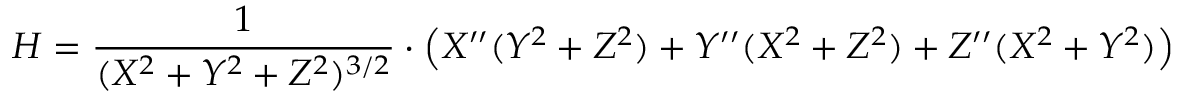
H = \frac { 1 } { ( X ^ { 2 } + Y ^ { 2 } + Z ^ { 2 } ) ^ { 3 / 2 } } \cdot \left( X ^ { \prime \prime } ( Y ^ { 2 } + Z ^ { 2 } ) + Y ^ { \prime \prime } ( X ^ { 2 } + Z ^ { 2 } ) + Z ^ { \prime \prime } ( X ^ { 2 } + Y ^ { 2 } ) \right)